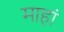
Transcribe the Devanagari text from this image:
माहां